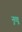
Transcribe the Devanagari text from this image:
नुव्वू